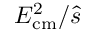
E _ { \mathrm { { c m } } } ^ { 2 } / { \hat { s } }